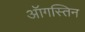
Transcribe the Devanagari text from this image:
ऑगस्तिन